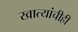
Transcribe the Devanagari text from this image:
खात्यांचीही